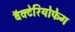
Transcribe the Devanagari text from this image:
बॅक्टेरियोफेग